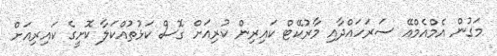
މަގުން އެމްއެމްއޭ ސަރަހައްދާއި މާރުކޭޓް ކައިރިން ކުރިއަށް ގޮސް ކަޅުތުއްކަލާ ކޮށީގެ ކައިރިއަށް